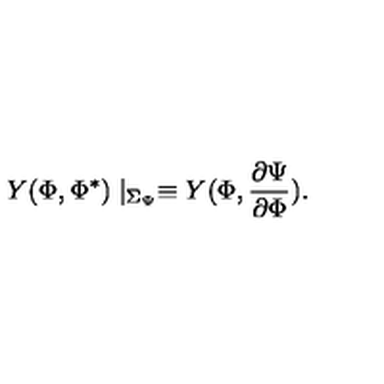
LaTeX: Y ( \Phi , \Phi ^ { \ast } ) \mid _ { \Sigma _ { \Psi } } \equiv Y ( \Phi , \frac { \partial \Psi } { \partial \Phi } ) .